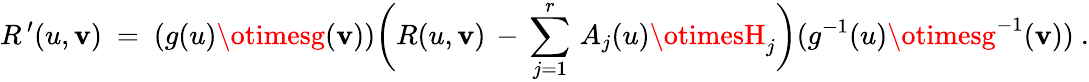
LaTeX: R^{\, \prime}(u,\mathbf{v})~=~(g(u)\otimesg(\mathbf{v}))\biggl(R(u,\mathbf{v})\, -\, \sum_{j=1}^{r}\, A_{j}(u)\otimesH_{j}\biggr)(g^{-1}(u)\otimesg^{-1}(\mathbf{v}))~.